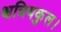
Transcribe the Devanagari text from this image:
क्षत्रियकुल।